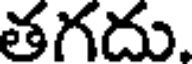
తగదు.